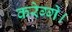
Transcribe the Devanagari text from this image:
करेग्गे।